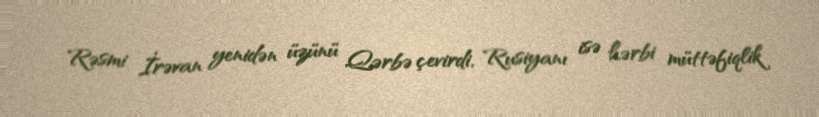
Rəsmi İrəvan yenidən üzünü Qərbə çevirdi, Rusiyanı isə hərbi müttəfiqlik